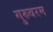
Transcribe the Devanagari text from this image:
गुरुवरम